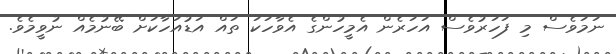
ނަމަވެސް މި ފަހަރުވެސް އަހަރެން އެމީހުންގެ އެވާހަކަ ތައް އަޑުއަހާކަށް ބޭނުމެއް ނުވީމެވެ.